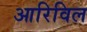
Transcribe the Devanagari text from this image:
आरिविल